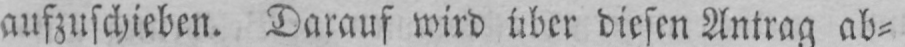
aufzuschieben. Darauf wird über diesen Antrag ab⸗